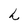
Character: h